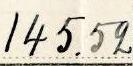
145.52